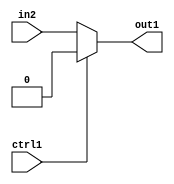
`timescale 1ps / 1ps
/*****************************************************************************
    Verilog RTL Description
    
    
    Created by: Stratus DpOpt 2019.1.01 
*******************************************************************************/

module feature_write_addr_gen_Muxi0u1u1_4 (
	in2,
	ctrl1,
	out1
	); /* architecture "behavioural" */ 
input  in2,
	ctrl1;
output  out1;
wire  asc001;

reg [0:0] asc001_tmp_0;
assign asc001 = asc001_tmp_0;
always @ (ctrl1 or in2) begin
	case (ctrl1)
		1'B1 : asc001_tmp_0 = 1'B0 ;
		default : asc001_tmp_0 = in2 ;
	endcase
end

assign out1 = asc001;
endmodule

/* CADENCE  uLPyTg8= : u9/ySgnWtBlWxVPRXgAZ4Og= ** DO NOT EDIT THIS LINE ******/